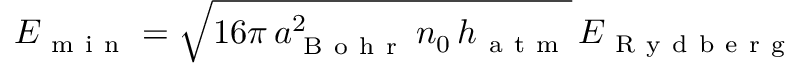
E _ { \mathrm { ~ m ~ i ~ n ~ } } = \sqrt { 1 6 \pi \, a _ { \mathrm { ~ B ~ o ~ h ~ r ~ } } ^ { 2 } \, n _ { 0 } \, h _ { \mathrm { ~ a ~ t ~ m ~ } } } \, E _ { \mathrm { ~ R ~ y ~ d ~ b ~ e ~ r ~ g ~ } }